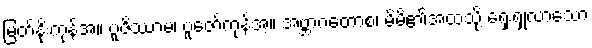
မြတ်နိုးကုန်အံ့။ ပူဇိဿာမ၊ ပူဇော်ကုန်အံ့။ အဗ္ဘာဂတောစ၊ မိမိ၏အထံသို့ ရှေးရှုလာသော